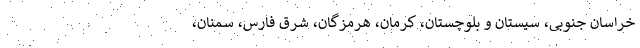
خراسان جنوبی، سیستان و بلوچستان، کرمان، هرمزگان، شرق فارس، سمنان،